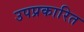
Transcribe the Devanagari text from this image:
उपप्रकारित